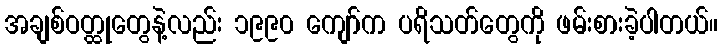
အချစ်ဝတ္ထုတွေနဲ့လည်း ၁၉၉၀ ကျော်က ပရိသတ်တွေကို ဖမ်းစားခဲ့ပါတယ်။